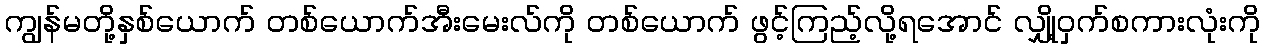
ကျွန်မတို့နှစ်ယောက် တစ်ယောက်အီးမေးလ်ကို တစ်ယောက် ဖွင့်ကြည့်လို့ရအောင် လျှို့ဝှက်စကားလုံးကို